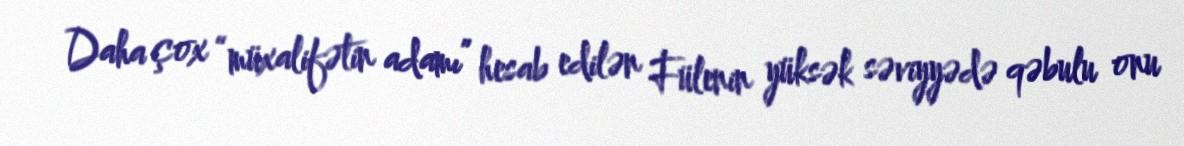
Daha çox “müxalifətin adamı” hesab edilən Fülenin yüksək səviyyədə qəbulu onu